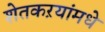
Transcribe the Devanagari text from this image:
शेतकऱयांमधे